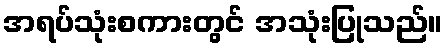
အရပ်သုံးစကားတွင် အသုံးပြုသည်။